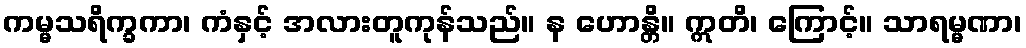
ကမ္မသရိက္ခကာ၊ ကံနှင့် အလားတူကုန်သည်။ န ဟောန္တိ။ ဣတိ၊ ကြောင့်။ သာရမ္မဏာ၊